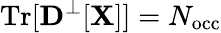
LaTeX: \mathrm{Tr}[{\mathbf D}^{\perp}[{\mathbf X}]]=N_{\mathrm{occ}}